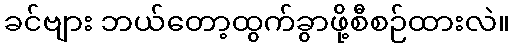
ခင်ဗျား ဘယ်တော့ထွက်ခွာဖို့စီစဉ်ထားလဲ။